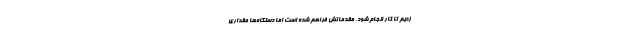
زدیم تا کار انجام شود، مقدماتش فراهم شده است اما دستگاه‌ها مقداری